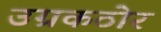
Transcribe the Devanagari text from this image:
उग्रकठोर